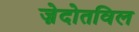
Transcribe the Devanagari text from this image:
ज़ेदोतविल